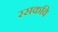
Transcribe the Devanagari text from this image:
रसकवि